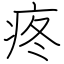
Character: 疼